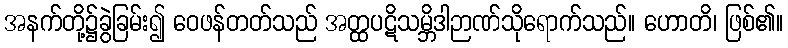
အနက်တို့၌ခွဲခြမ်း၍ ဝေဖန်တတ်သည် အတ္ထပဋိသမ္ဘိဒါဉာဏ်သိုရောက်သည်။ ဟောတိ၊ ဖြစ်၏။